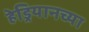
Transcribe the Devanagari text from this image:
हेड्रियानच्या